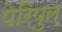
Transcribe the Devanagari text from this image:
पेरिपुल